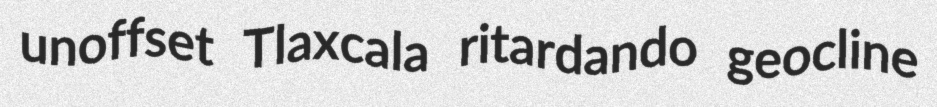
unoffset Tlaxcala ritardando geocline